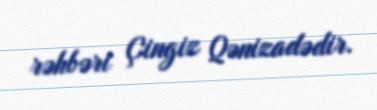
rəhbəri Çingiz Qənizadədir.